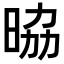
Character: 𭦀